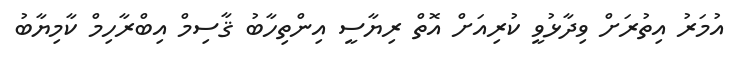
އުމަރު އިތުރަށް ވިދާޅުވީ ކުރިއަށް އޮތް ރިޔާސީ އިންތިހާބު ޤާސިމް އިބްރާހިމް ކާމިޔާބު